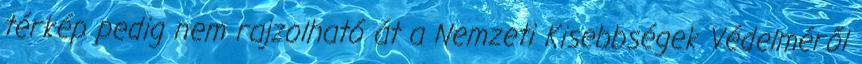
térkép pedig nem rajzolható át a Nemzeti Kisebbségek Védelméről